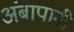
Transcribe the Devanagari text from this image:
अंबापानी